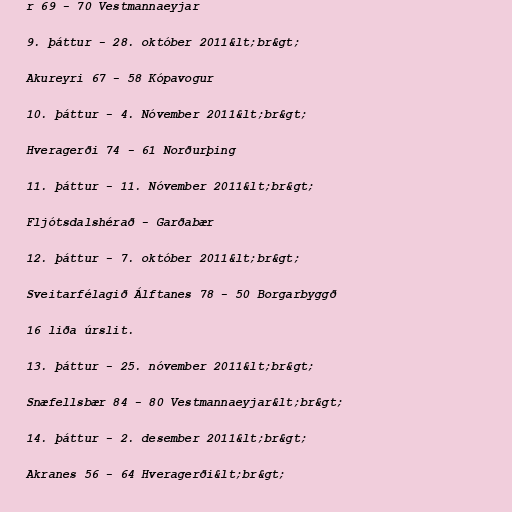
r 69 - 70 Vestmannaeyjar

9. þáttur - 28. október 2011&lt;br&gt;

Akureyri 67 - 58 Kópavogur

10. þáttur - 4. Nóvember 2011&lt;br&gt;

Hveragerði 74 - 61 Norðurþing

11. þáttur - 11. Nóvember 2011&lt;br&gt;

Fljótsdalshérað - Garðabær

12. þáttur - 7. október 2011&lt;br&gt;

Sveitarfélagið Álftanes 78 - 50 Borgarbyggð

16 liða úrslit.

13. þáttur - 25. nóvember 2011&lt;br&gt;

Snæfellsbær 84 - 80 Vestmannaeyjar&lt;br&gt;

14. þáttur - 2. desember 2011&lt;br&gt;

Akranes 56 - 64 Hveragerði&lt;br&gt;